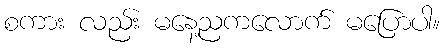
စကား လည်း မနေ့ညကလောက် မပြောပါ။